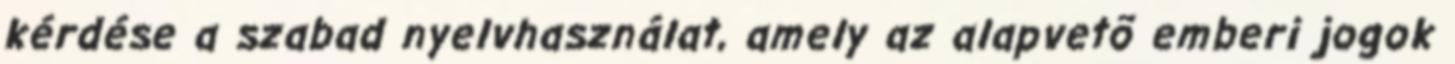
kérdése a szabad nyelvhasználat, amely az alapvetõ emberi jogok